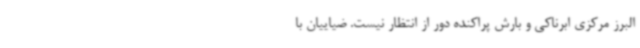
البرز مرکزی ابرناکی و بارش پراکنده دور از انتظار نیست. ضیاییان با